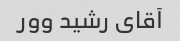
آقای رشید وور